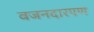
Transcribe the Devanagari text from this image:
वजनदारपण